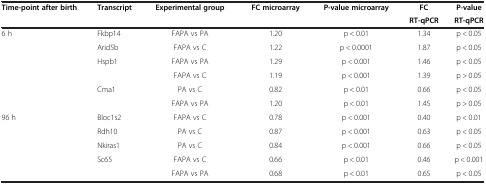
<table><thead><tr><td><b>Time-point after birth</b></td><td><b>Transcript</b></td><td><b>Experimental group</b></td><td><b>FC microarray</b></td><td><b>P-value microarray</b></td><td><b>FC</b></td><td><b>P-value</b></td></tr><tr><td><b> </b></td><td><b> </b></td><td><b> </b></td><td><b> </b></td><td><b> </b></td><td><b>RT-qPCR</b></td><td><b>RT-qPCR</b></td></tr></thead><tbody><tr><td>6 h</td><td>Fkbp14</td><td>FAPA vs PA</td><td>1.20</td><td>p &lt; 0.01</td><td>1.34</td><td>p &lt; 0.05</td></tr><tr><td> </td><td>Arid5b</td><td>FAPA vs C</td><td>1.22</td><td>p &lt; 0.0001</td><td>1.87</td><td>p &lt; 0.05</td></tr><tr><td> </td><td>Hspb1</td><td>FAPA vs PA</td><td>1.29</td><td>p &lt; 0.001</td><td>1.46</td><td>p &lt; 0.05</td></tr><tr><td> </td><td> </td><td>FAPA vs C</td><td>1.19</td><td>p &lt; 0.001</td><td>1.39</td><td>p &gt; 0.05</td></tr><tr><td> </td><td>Cma1</td><td>PA vs C</td><td>0.82</td><td>p &lt; 0.01</td><td>0.66</td><td>p &lt; 0.05</td></tr><tr><td> </td><td> </td><td>FAPA vs PA</td><td>1.20</td><td>p &lt; 0.01</td><td>1.45</td><td>p &gt; 0.05</td></tr><tr><td>96 h</td><td>Bloc1s2</td><td>FAPA vs C</td><td>0.78</td><td>p &lt; 0.001</td><td>0.40</td><td>p &lt; 0.01</td></tr><tr><td> </td><td>Rdh10</td><td>PA vs C</td><td>0.87</td><td>p &lt; 0.001</td><td>0.63</td><td>p &lt; 0.05</td></tr><tr><td> </td><td>Nkiras1</td><td>PA vs C</td><td>0.84</td><td>p &lt; 0.001</td><td>0.66</td><td>p &lt; 0.05</td></tr><tr><td> </td><td>Sc65</td><td>FAPA vs C</td><td>0.66</td><td>p &lt; 0.01</td><td>0.46</td><td>p &lt; 0.001</td></tr><tr><td> </td><td> </td><td>FAPA vs PA</td><td>0.68</td><td>p &lt; 0.01</td><td>0.65</td><td>p &lt; 0.05</td></tr></tbody></table>